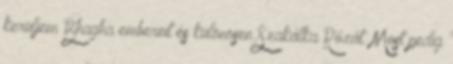
kerüljem Bhagha embereit és különösen Szakálka Rózát. Most pedig